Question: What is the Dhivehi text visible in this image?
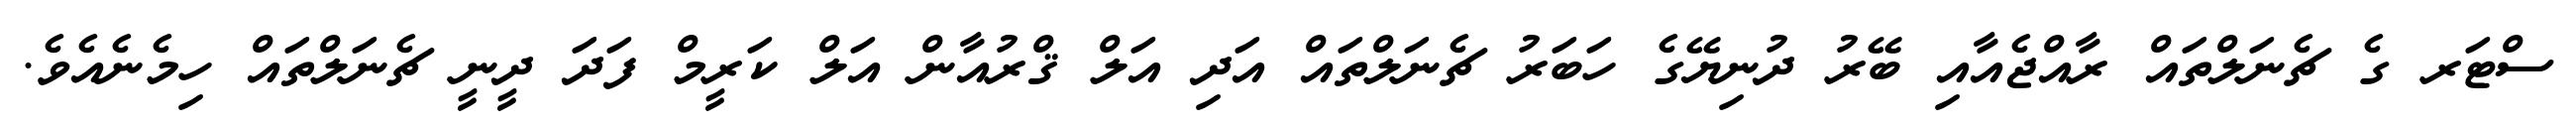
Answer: ސްޓަރ ގެ ޗެނަލްތައް ރާއްޖެއާއި ބޭރު ދުނިޔޭގެ ހަބަރު ޗެނަލްތައް އަދި އަލް ޤްރުއާން އަލް ކަރީމް ފަދަ ދީނީ ޗެނަލްތައް ހިމެނެއެވެ.